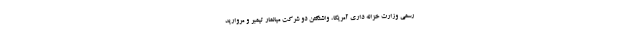
رسمی وزارت خزانه داری آمریکا، واشنگتن دو شرکت میانمار تیمبر و مروارید